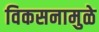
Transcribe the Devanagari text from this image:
विकसनामुळे